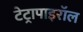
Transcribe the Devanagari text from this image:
टेट्रापाइरॉल